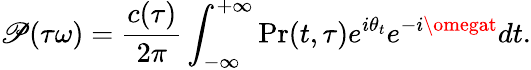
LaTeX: \mathscr{P}(\tau\omega)=\frac{{c(\tau)}}{{2\pi}}\int_{-\infty}^{+\infty}\mathrm{{Pr}}(t,\tau)e^{i\theta_{t}}e^{-i\omegat}dt.